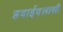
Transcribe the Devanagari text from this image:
हवाईदलाशी